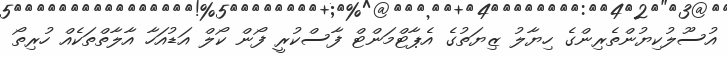
އުސޫލުކިޔުންތެރިންގެ ހިޔާލު ޒިޔަތުގެ އެޕާޓްމަންޓް ފާސްކުރީ ފޯން ކޯލް އަޑުއަހާ އާލާތްތަކެއް ހުރިތޯ